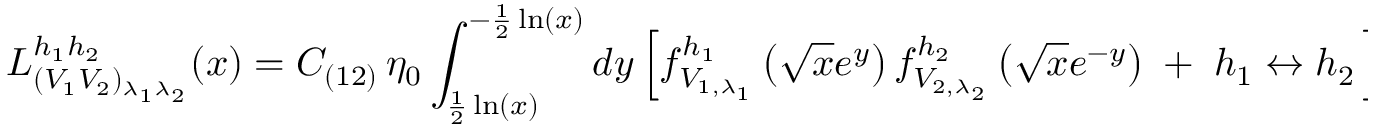
{ \cal L } _ { ( V _ { 1 } V _ { 2 } ) _ { \lambda _ { 1 } \lambda _ { 2 } } } ^ { h _ { 1 } h _ { 2 } } ( x ) = C _ { ( 1 2 ) } \, \eta _ { 0 } \int _ { \frac { 1 } { 2 } \ln ( x ) } ^ { - \frac { 1 } { 2 } \ln ( x ) } d y \left[ f _ { V _ { 1 , \lambda _ { 1 } } } ^ { h _ { 1 } } \left( \sqrt { x } e ^ { y } \right) f _ { V _ { 2 , \lambda _ { 2 } } } ^ { h _ { 2 } } \left( \sqrt { x } e ^ { - y } \right) \; + \; h _ { 1 } \leftrightarrow h _ { 2 } \, \right] ,